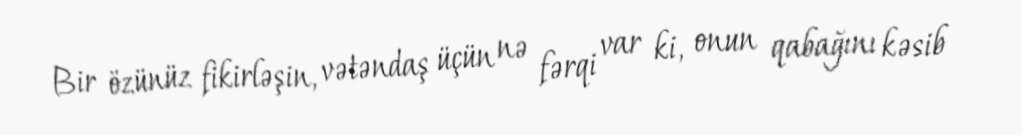
Bir özünüz fikirləşin, vətəndaş üçün nə fərqi var ki, onun qabağını kəsib